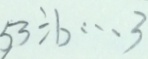
5 3 \div b \cdots 3